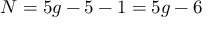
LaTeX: N = 5 g - 5 - 1 = 5 g - 6